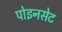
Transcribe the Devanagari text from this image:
पोइनसेट